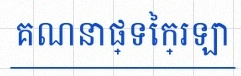
គណនាផ្ទៃក្រឡា